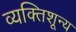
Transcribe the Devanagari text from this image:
व्यक्तिशून्य